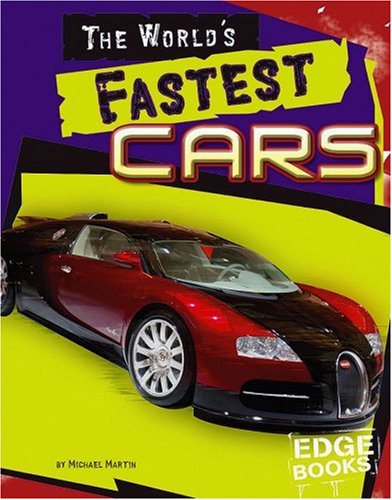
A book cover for The World's Fastest Cars (The World's Top Tens); Michael J Martin; Children's Books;